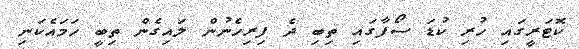
ކޮޓަރީގައި ހުރި ކުޑަ ސޯފާގައި ތިބި ދެ ފިރިހެނުން ލައިގެން ތިބީ ހަމައެކަނި